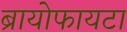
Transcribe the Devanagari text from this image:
ब्रायोफायटा